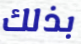
بذلك